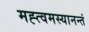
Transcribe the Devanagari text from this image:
मह्त्वमस्यानन्तं